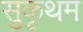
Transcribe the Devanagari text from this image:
सुकृथम